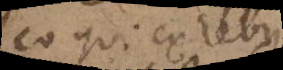
eo qui ex rebus